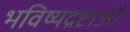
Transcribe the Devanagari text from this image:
भविष्यद्रष्टाओं